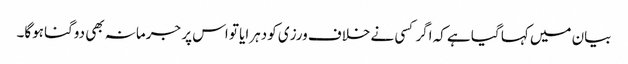
بیان میں کہا گیا ہے کہ اگر کسی نے خلاف ورزی کو دہرایا تو اس پر جرمانہ بھی دوگنا ہوگا۔